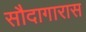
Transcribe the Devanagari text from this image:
सौदागारास